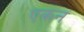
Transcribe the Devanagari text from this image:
एकन